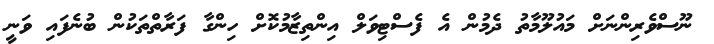
ނޫސްވެރިންނަށް މައުލޫމާތު ދެމުން އެ ފެސްޓިވަލް އިންތިޒާމުކޮށް ހިންގާ ފަރާތްތަކުން ބުނެފައި ވަނީ